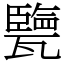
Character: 㽉